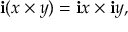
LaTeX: \mathbf { i } ( x \times y ) = \mathbf { i } x \times \mathbf { i } y ,